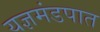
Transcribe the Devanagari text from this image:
यज्ञमंडपात